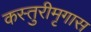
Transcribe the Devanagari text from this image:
कस्तुरीमृगास